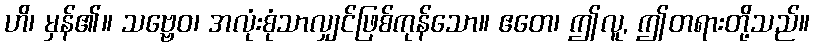
ဟိ၊ မှန်၏။ သဗ္ဗေဝ၊ အလုံးစုံသာလျှင်ဖြစ်ကုန်သော။ ဧတေ၊ ဤလူ, ဤတရားတို့သည်။